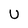
Character: U